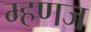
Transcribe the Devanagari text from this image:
म्हणज